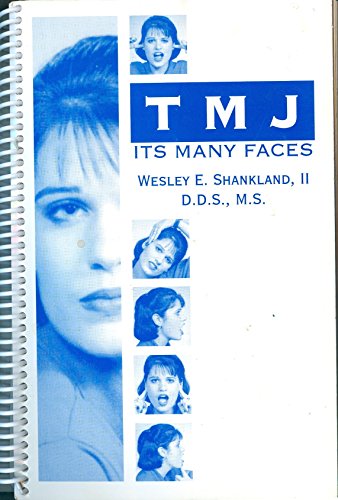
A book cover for Tmj - It's Many Faces: Diagnosis of Tmj and Related Disorders; Wesley E. Shankland; Medical Books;